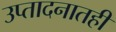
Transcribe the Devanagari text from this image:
उप्तादनातही